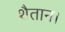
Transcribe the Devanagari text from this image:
शैतान।